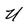
Character: U